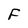
Character: F